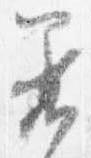
着